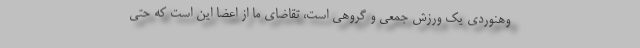
وهنوردی یک ورزش جمعی و گروهی است، تقاضای ما از اعضا این است که حتی